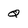
Character: Q